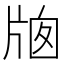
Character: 𤗄